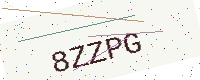
Text: 8ZZPG